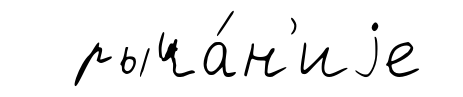
рыча́н'иjе